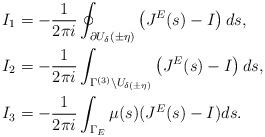
LaTeX: \begin{align*} &I_{1}=-\frac{1}{2\pi i}\oint_{\partial U_{\delta}(\pm\eta)}\left(J^E(s)-I\right)ds,\\ &I_{2}=-\frac{1}{2\pi i}\int_{\Gamma^{(3)}\backslash U_{\delta(\pm\eta)}}\left(J^E(s)-I\right)ds,\\ &I_{3}=-\frac{1}{2\pi i}\int_{\Gamma_E}\mu(s)(J^E(s)-I)ds. \end{align*}